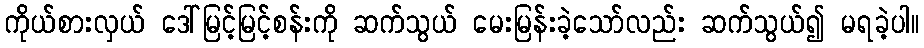
ကိုယ်စားလှယ် ဒေါ်မြင့်မြင့်စန်းကို ဆက်သွယ် မေးမြန်းခဲ့သော်လည်း ဆက်သွယ်၍ မရခဲ့ပါ။